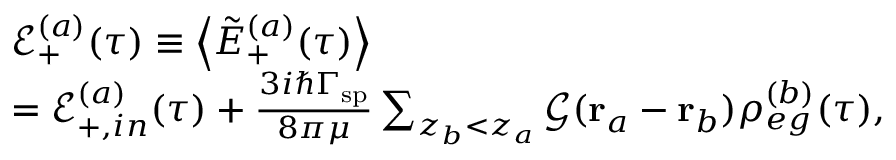
\begin{array} { r l } & { \mathcal { E } _ { + } ^ { ( a ) } ( \tau ) \equiv \left\langle \tilde { E } _ { + } ^ { ( a ) } ( \tau ) \right\rangle } \\ & { = \mathcal { E } _ { + , i n } ^ { ( a ) } ( \tau ) + \frac { 3 i \hbar \Gamma _ { \mathrm { s p } } } { 8 \pi \mu } \sum _ { z _ { b } < z _ { a } } \mathcal { G } ( \mathbf { r } _ { a } - \mathbf { r } _ { b } ) \rho _ { e g } ^ { ( b ) } ( \tau ) , } \end{array}